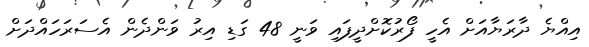
އިއްޔެ ދާރަޔާއަށް އެހީ ފޯރުކޮށްދީފައި ވަނީ 48 ގަޑި އިރު ވަންދެން އެސަރަހައްދަށް